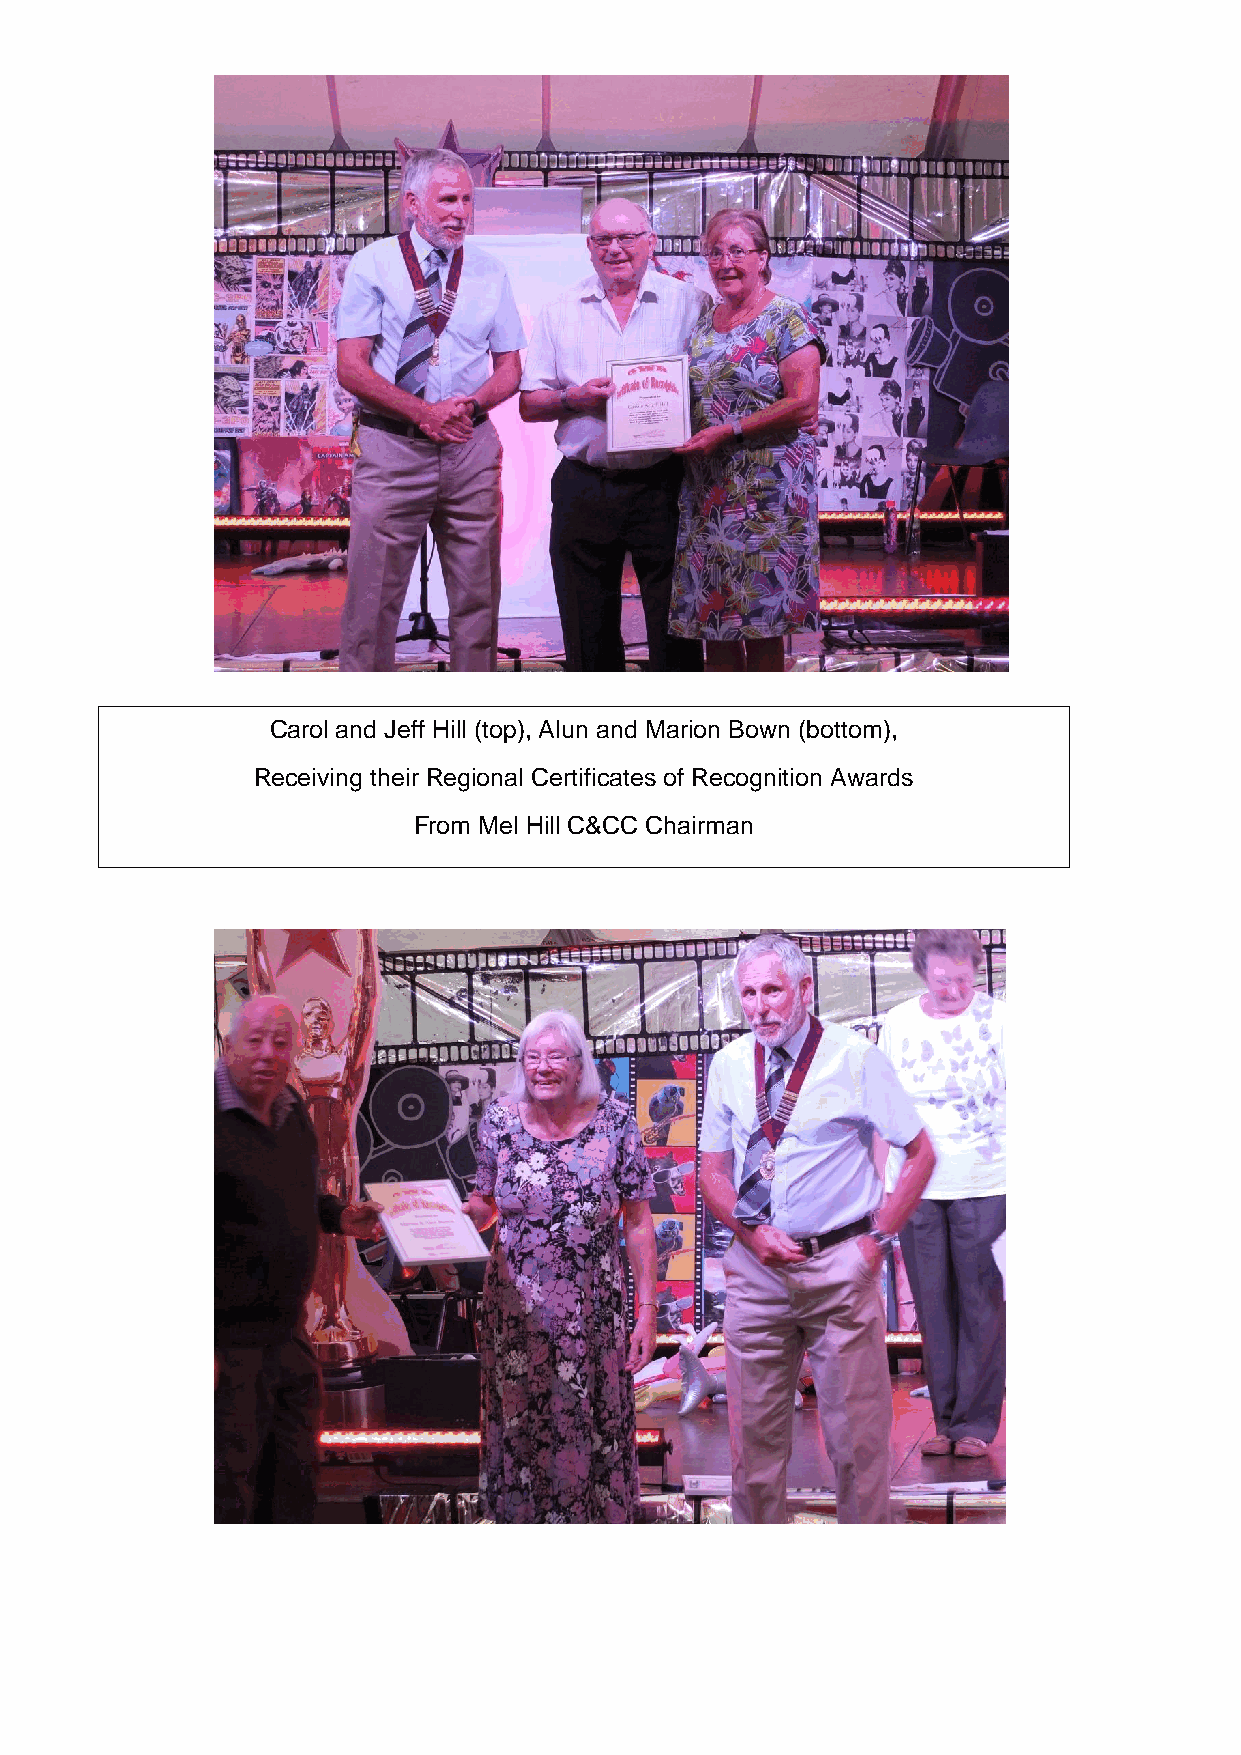
Carol and Jeff Hill (top), Alun and Marion Bown (bottom),
 Receiving their Regional Certificates of Recognition Awards
 From Mel Hill C&CC Chairman